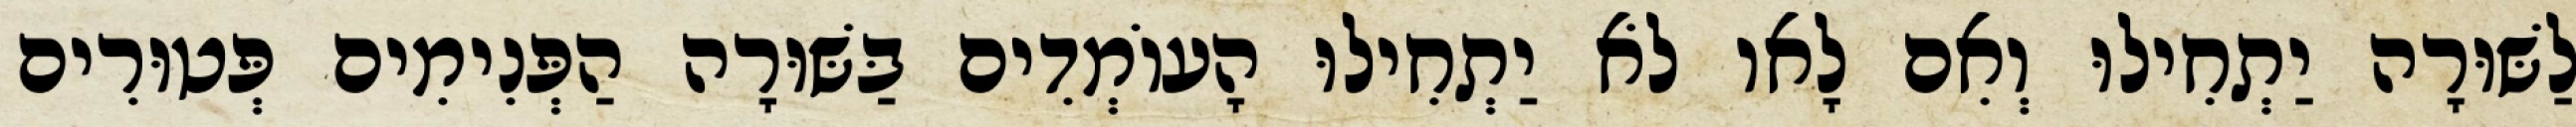
לַשּׁוּרָה יַתְחִילוּ וְאִם לָאו לֹא יַתְחִילוּ הָעוֹמְדִים בַּשּׁוּרָה הַפְּנִימִים פְּטוּרִים